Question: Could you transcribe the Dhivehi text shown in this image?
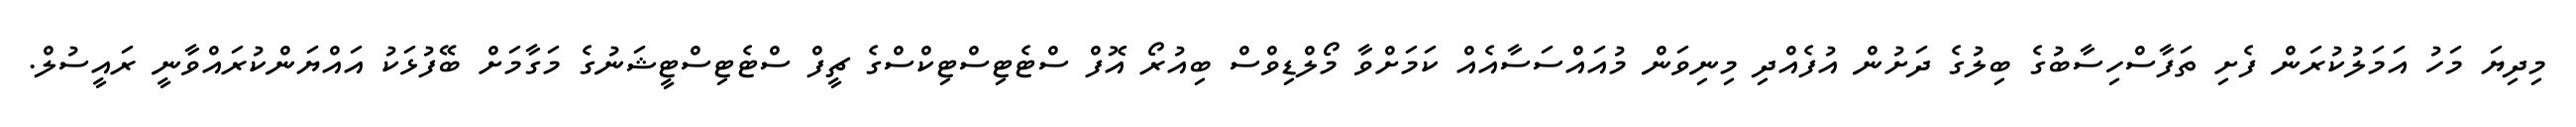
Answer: މިދިޔަ މަހު އަމަލުކުރަން ފެށި ތަފާސްހިސާބުގެ ބިލުގެ ދަށުން އުފެއްދި މިނިވަން މުއައްސަސާއެއް ކަމަށްވާ މޯލްޑިވްސް ބިއުރޯ އޮފް ސްޓެޓިސްޓިކްސްގެ ޗީފް ސްޓެޓިސްޓީޝަނުގެ މަގާމަށް ބޭފުޅަކު އައްޔަންކުރައްވާނީ ރައީސުލް.